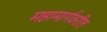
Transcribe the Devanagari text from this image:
महामार्गवरील